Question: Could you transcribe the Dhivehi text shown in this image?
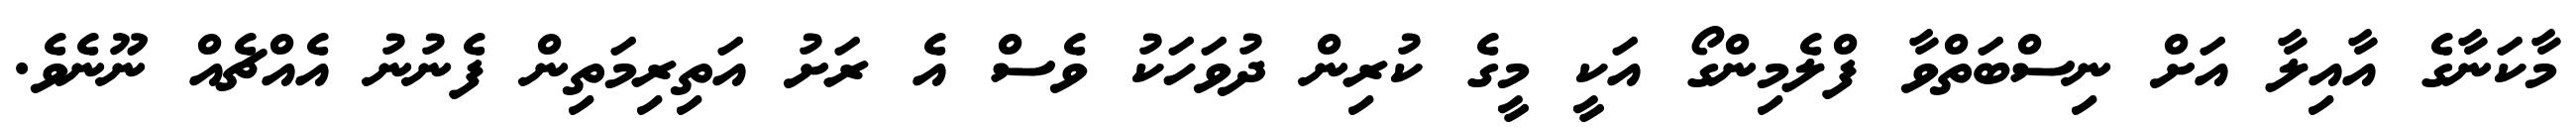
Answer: މާކަނާގެ އާއިލާ އަށް ނިސްބަތްވާ ފްލެމިންގޯ އަކީ މީގެ ކުރިން ދުވަހަކު ވެސް އެ ރަށު އަތިރިމަތިން ފެނުނު އެއްޗެއް ނޫނެވެ.